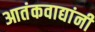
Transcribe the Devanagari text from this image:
आतंकवाद्यांनी